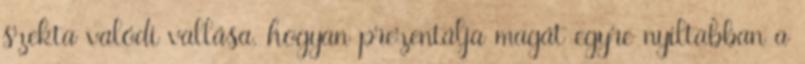
szekta valódi vallása, hogyan prezentálja magát egyre nyíltabban a